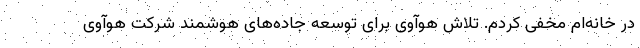
در خانه‌ام مخفی کردم. تلاش هوآوی برای توسعه جاده‌های هوشمند شرکت هوآوی